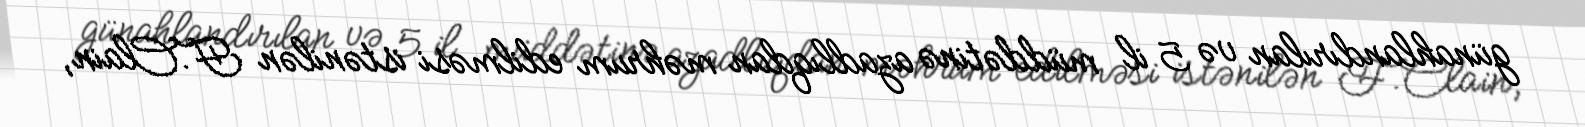
günahlandırılan və 5 il müddətinə azadlıqdan məhrum edilməsi istənilən F.Clain,